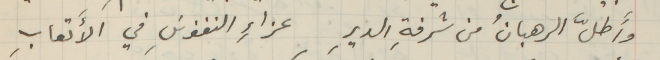
وأَطلَّ الرهبانُ من شرفةِ الديرِ عزاءِ النفوسَِ في الأَتعابِ